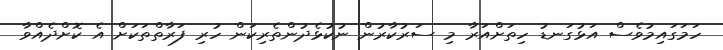
ހަމަގައިމުވެސް އަޅުގަނޑު ހިތަށްއަރާ މި ސަރުކާރުން ނުކުޅެދުންތެރިކަން ހުރި ފަރާތްތަކަށް އެ ކޮށްދެއްވާ